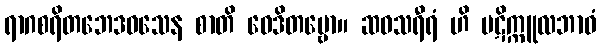
ရာဂစရိတဘေဒဝသေန စာတိ ဝေဒိတဗ္ဗော။ ဆဝသရီရံ ဟိ ပဋိက္ကူလဘာဝံ